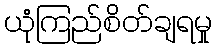
ယုံကြည်စိတ်ချရမှု